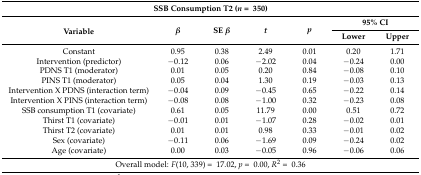
<table><thead><tr><td colspan="7"><b>SSB Consumption T2 (<i>n</i> = 350)</b></td></tr><tr><td rowspan="2"><b>Variable</b></td><td rowspan="2"><b><i>β</i></b></td><td rowspan="2"><b>SE <i>β</i></b></td><td rowspan="2"><b><i>t</i></b></td><td rowspan="2"><b><i>p</i></b></td><td colspan="2"><b>95% CI</b></td></tr><tr><td><b>Lower</b></td><td><b>Upper</b></td></tr></thead><tbody><tr><td>Constant</td><td>0.95</td><td>0.38</td><td>2.49</td><td>0.01</td><td>0.20</td><td>1.71</td></tr><tr><td>Intervention (predictor) </td><td>−0.12</td><td>0.06</td><td>−2.02</td><td>0.04</td><td>−0.24</td><td>0.00</td></tr><tr><td>PDNS T1 (moderator)</td><td>0.01</td><td>0.05</td><td>0.20</td><td>0.84</td><td>−0.08</td><td>0.10</td></tr><tr><td>PINS T1 (moderator) </td><td>0.05</td><td>0.04</td><td>1.30</td><td>0.19</td><td>−0.03</td><td>0.13</td></tr><tr><td>Intervention X PDNS (interaction term) </td><td>−0.04</td><td>0.09</td><td>−0.45</td><td>0.65</td><td>−0.22</td><td>0.14</td></tr><tr><td>Intervention X PINS (interaction term)</td><td>−0.08</td><td>0.08</td><td>−1.00</td><td>0.32</td><td>−0.23</td><td>0.08</td></tr><tr><td>SSB consumption T1 (covariate)</td><td>0.61</td><td>0.05</td><td>11.79</td><td>0.00</td><td>0.51</td><td>0.72</td></tr><tr><td>Thirst T1 (covariate)</td><td>−0.01</td><td>0.01</td><td>−1.07</td><td>0.28</td><td>−0.02</td><td>0.01</td></tr><tr><td>Thirst T2 (covariate)</td><td>0.01</td><td>0.01</td><td>0.98</td><td>0.33</td><td>−0.01</td><td>0.02</td></tr><tr><td>Sex (covariate)</td><td>−0.11</td><td>0.06</td><td>−1.69</td><td>0.09</td><td>−0.24</td><td>0.02</td></tr><tr><td>Age (covariate)</td><td>0.00</td><td>0.03</td><td>−0.05</td><td>0.96</td><td>−0.06</td><td>0.06</td></tr><tr><td colspan="7">Overall model: <i>F</i>(10, 339) = 17.02, <i>p</i> = 0.00, <i>R</i><sup>2</sup> = 0.36</td></tr></tbody></table>